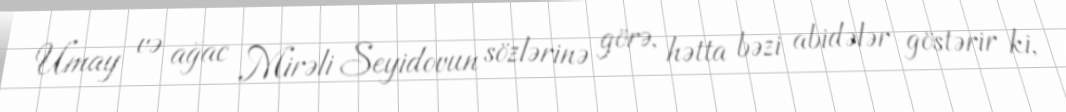
Umay və ağac Mirəli Seyidovun sözlərinə görə, hətta bəzi abidələr göstərir ki,